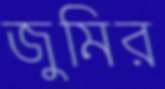
জুমির